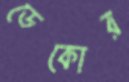
ডেকোর